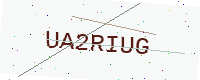
Text: UA2RIUG